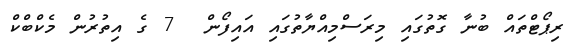
ރިޕޯޓްތައް ބުނާ ގޮތުގައި މިރަސްމިއްޔާތުގައި އައިފޯން  7 ގެ އިތުރުން މެކްބްކް